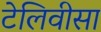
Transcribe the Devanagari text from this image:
टेलिवीसा